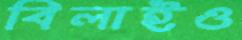
বিলাইও